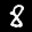
Label: 8